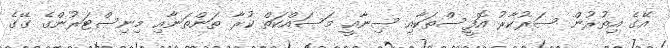
އޭގެ އިތުރުން ސަރުކާރު އޮފީސްތަކާއި ސިނާއީ މަސައްކަތް ކުރާ ތަންތަނާއި މިނިސްޓަރުންގެ ގޭގެ